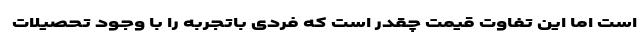
است اما این تفاوت قیمت چقدر است که فردی باتجربه را با وجود تحصیلات